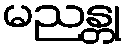
မညန္တု